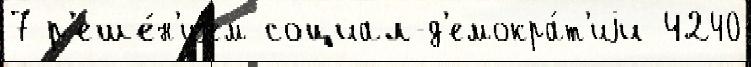
7 р'еше́н'иjем социал-д'емокра́т'иjи 4240